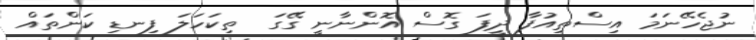
ނުޖެހޭނަމަ އިސްތިއުފާ ދީފަ ގޮސް އޮންނާނީ ގޭގަ  ތިކަހަލަ ފިނޑި ކަންތައް